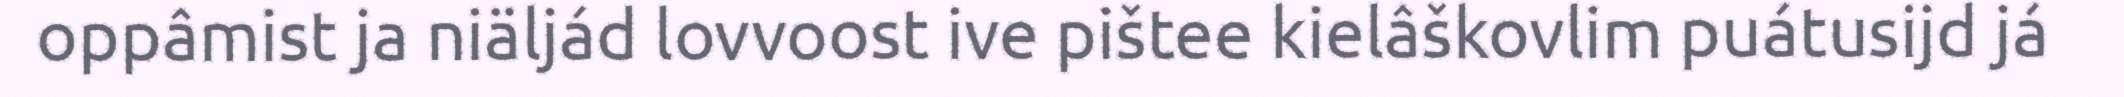
oppâmist ja niäljád lovvoost ive pištee kielâškovlim puátusijd já